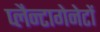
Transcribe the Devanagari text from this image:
प्लैन्टागेनेटों